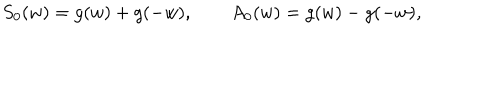
LaTeX: S _ { 0 } ( w ) = g ( w ) + g ( - w ) , \qquad A _ { 0 } ( w ) = g ( w ) - g ( - w ) ,